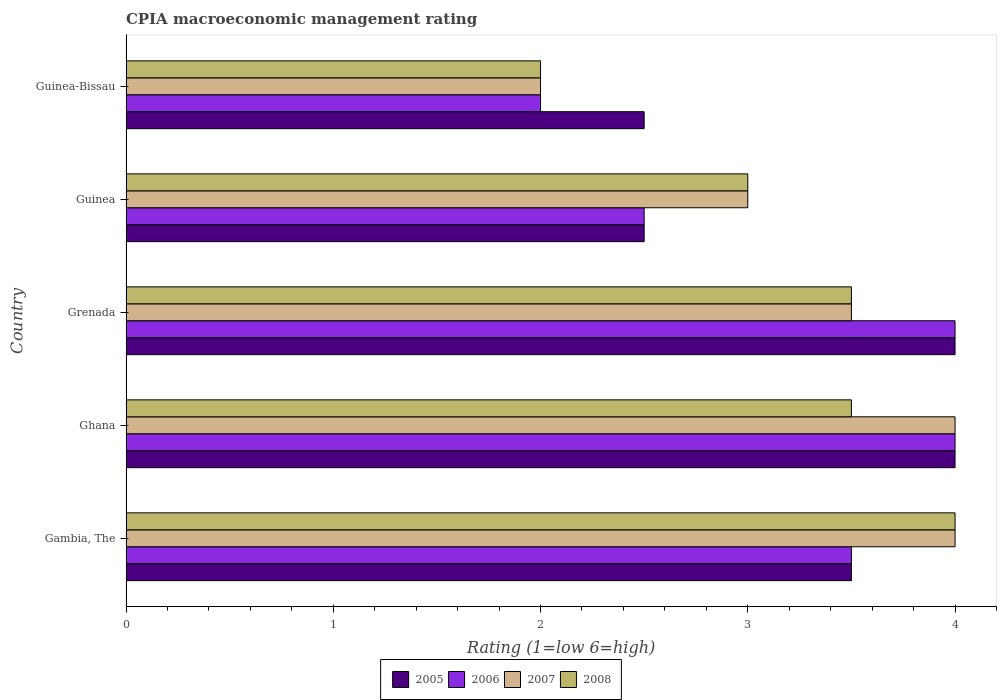
| Country | 2005 | 2006 | 2007 | 2008 |
 | --- | --- | --- | --- | --- |
 | Gambia, The | 3.5 | 3.5 | 4 | 4 |
 | Ghana | 4 | 4 | 4 | 3.5 |
 | Grenada | 4 | 4 | 3.5 | 3.5 |
 | Guinea | 2.5 | 2.5 | 3 | 3 |
 | Guinea-Bissau | 2.5 | 2 | 2 | 2 |